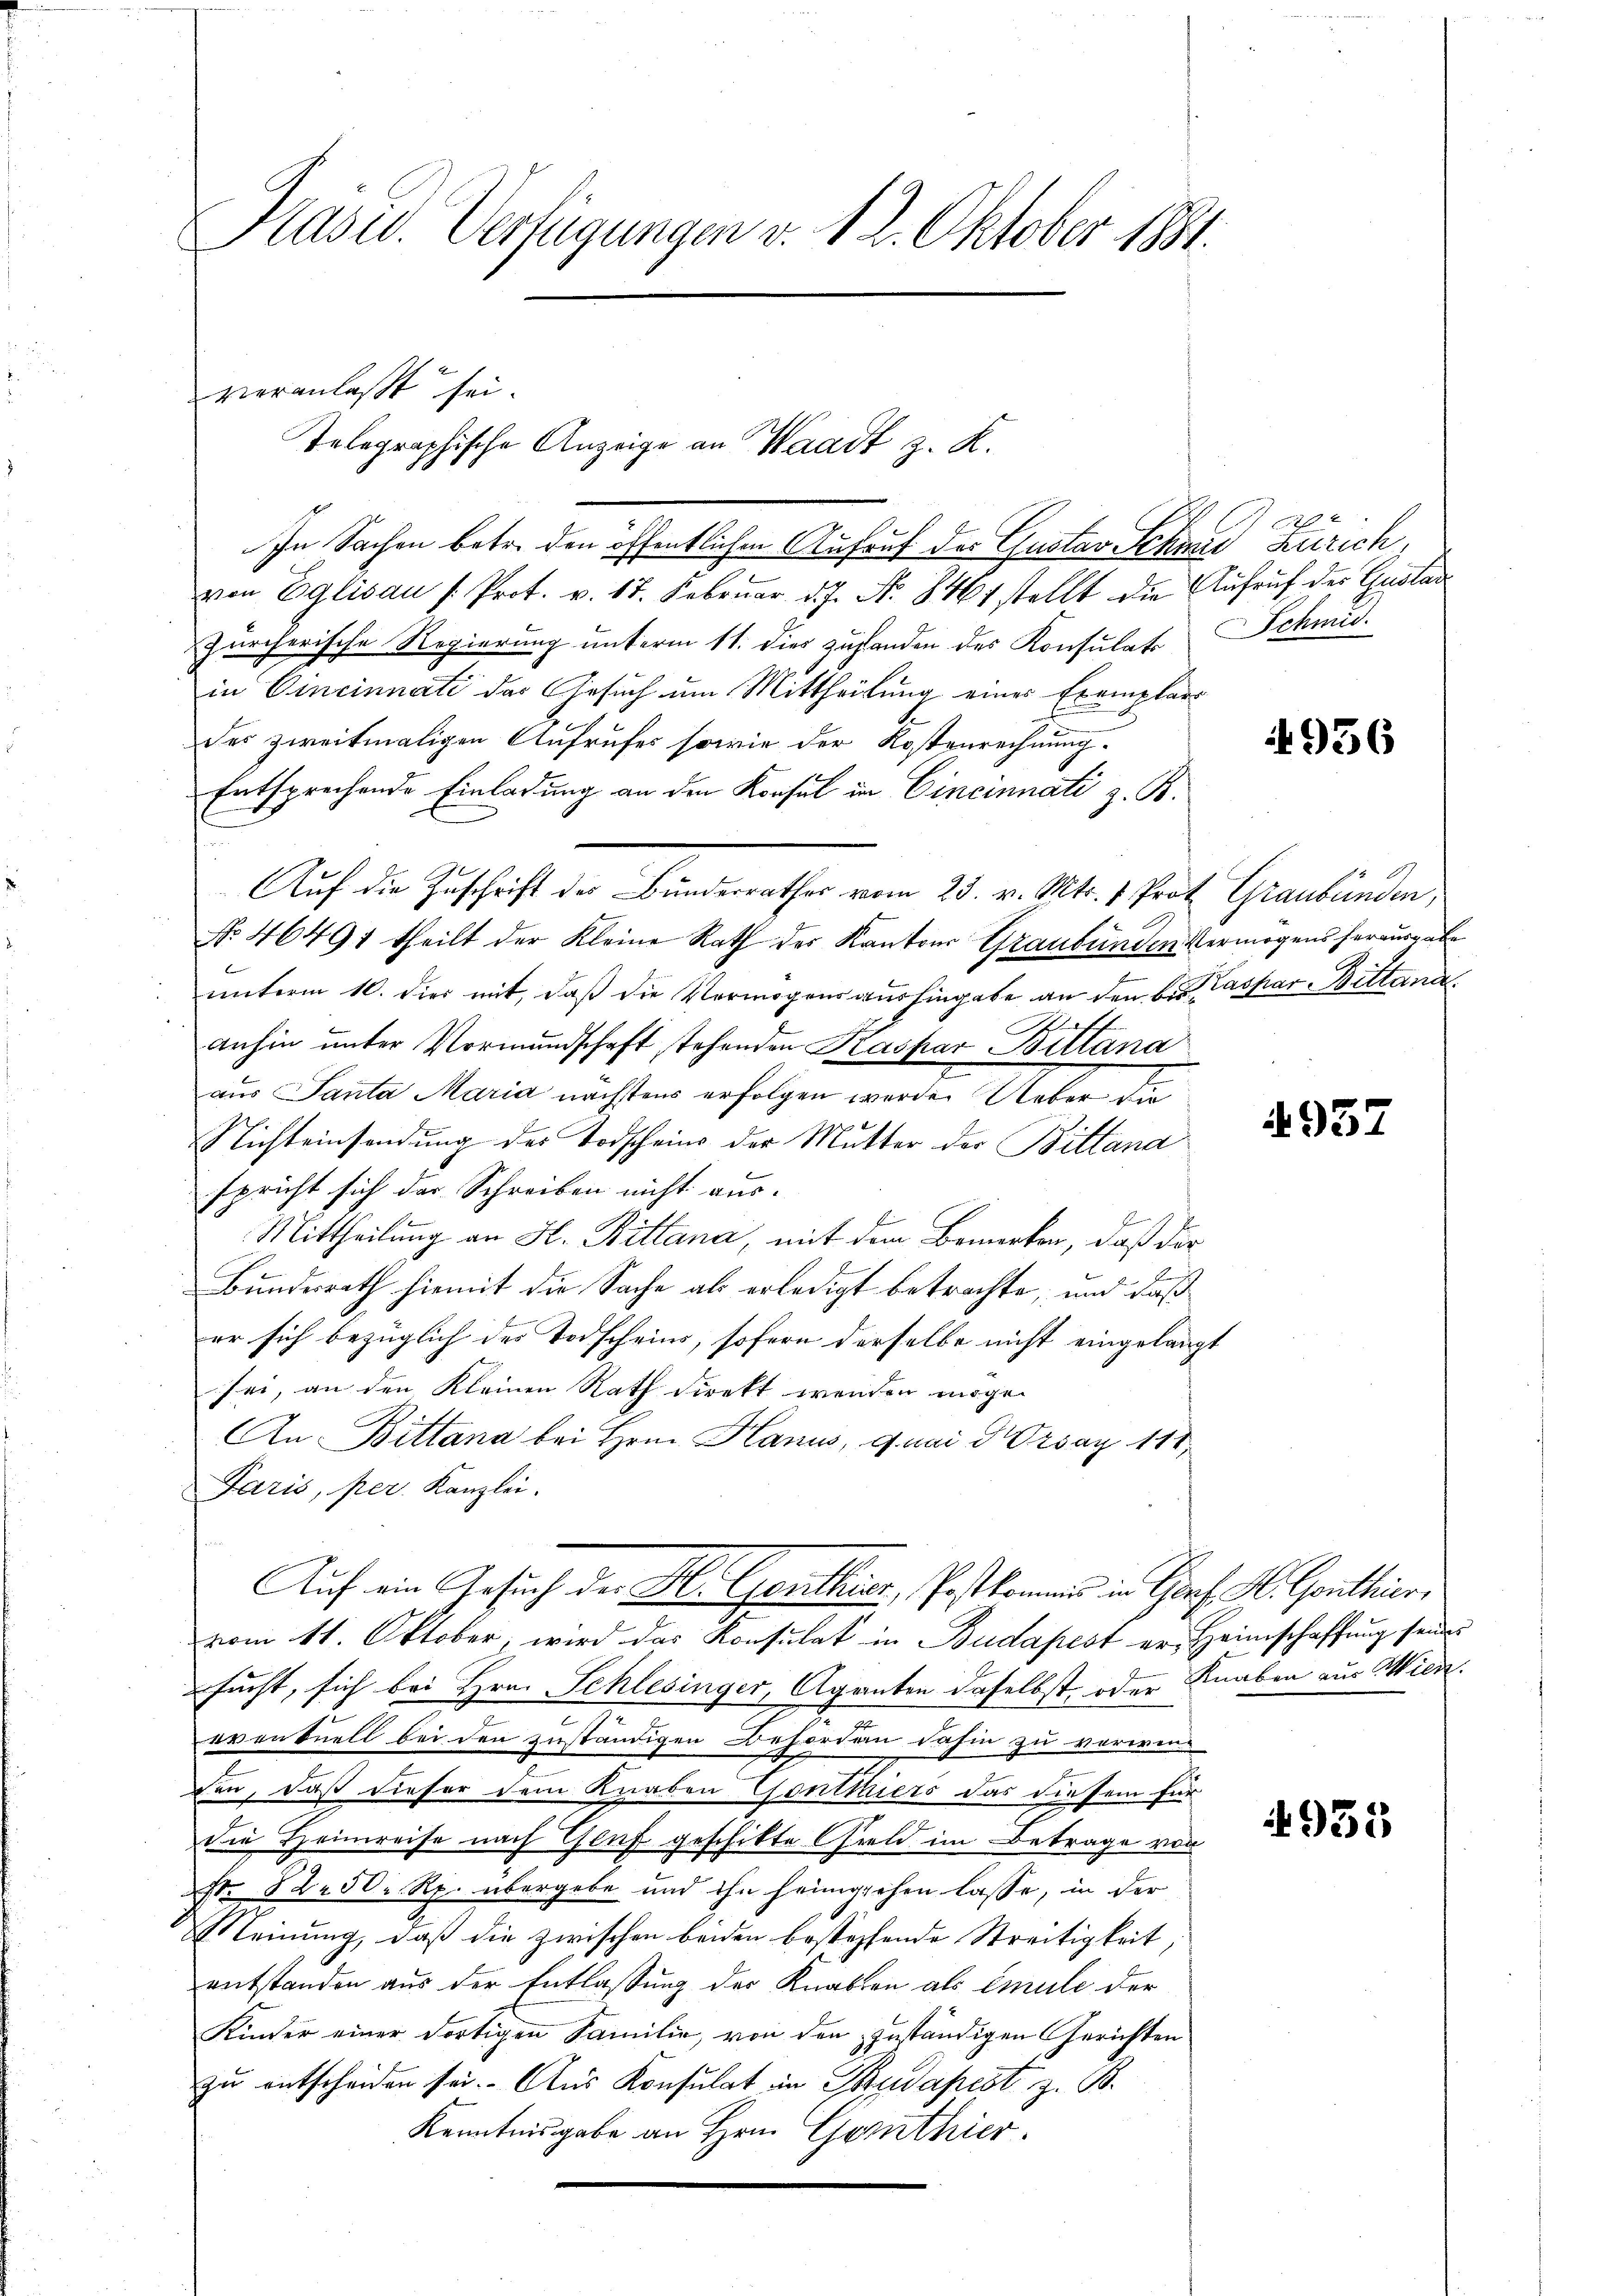
Präsid. Verfügungen v. 12. Oktober 1881.

In Sachen betr. den öffentlichen Aufruf der Gustav Schand Zürich,
von Eglisau / Prot. v. 17. Februar d. J. No. 8461 stellt die Aufruf der Gustan
zürcherische Regierung unterm 11. dies zuhanden des Konsulate Schmidin Cincinnati das Gesuch um Mittheilung eines Exemplars
des zweitmaligen Aufrufes sowie der Kostenrechnung.
Entsprechende Einladung an den Konsul in Cincinnati z. B.
Auf die Zuschrift des Bundesrathes vom 25. v. Mts. 4 Prof. Graubünden,
No. 46491 theilt der Kleine Rath des Kantons Graubünden Vermögens herausgabe
unterm 10. dies mit, daß die Vermögensaushingabe an den besaspar Bettand
anhin unter Vormundschaft stehenden Kaspar Bittána
2
aus Panta Maria nächstens erfolgen werde. Ueber die
Nichteinsendung des Todscheins der Mutter der Bittana
spricht sich der Schreiben nicht aus-
Mittheilung an H. Bittana, mit dem Bemerken, daß dar
Bundesrath hiemit die Sache als erledigt betrachte, und daß
er sich bezüglich des Todscheins, sofern derselbe nicht eingelangt
sei, an den Kleinen Rath direkt werden möge.
An Bittana bei Hrn. Hanus, quai d. Orsay 111.
Paris, per Kanzlei.
Auf ein Gesuch der H. Genthier, Postkommnis in Graf. H. Genthier
vom 11. Oktober, wird das Konsulat in Budapest er, Heimschaffung seines
sucht, sich bei Hrn. Schlesinger, Aganten daselbst oder Knaben aus Wien.
eventuell bei den zuständigen Befordern dahin zu verwen
den, daß dieser dem Knaben Gonttiers das diesem für
die Heimreise nach Genf geschikte Geld im Betrage von
t. 82. 50 Rp. übergebe und ihn heimgehen lasse, in der
Meinung, daß die zwischen beiden bestehende Streitigkeit,
entstanden aus der Entlassung der Knaben als Emile der
Kinder einer dortigen Familie, von den zuständigen Gerichten
zu entscheiden sei. Aus Konsulat in Budapest z. B.
Kenntnisgabe an Hrn. Gorthier.

veranlaßt sei.
Telegraphische Anzeige an Waadt z. K.

956

4937

4935